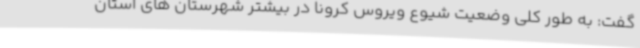
گفت: به طور کلی وضعیت شیوع ویروس کرونا در بیشتر شهرستان های استان